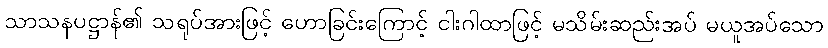
သာသနပဋ္ဌာန်၏ သရုပ်အားဖြင့် ဟောခြင်းကြောင့် ငါးဂါထာဖြင့် မသိမ်းဆည်းအပ် မယူအပ်သော